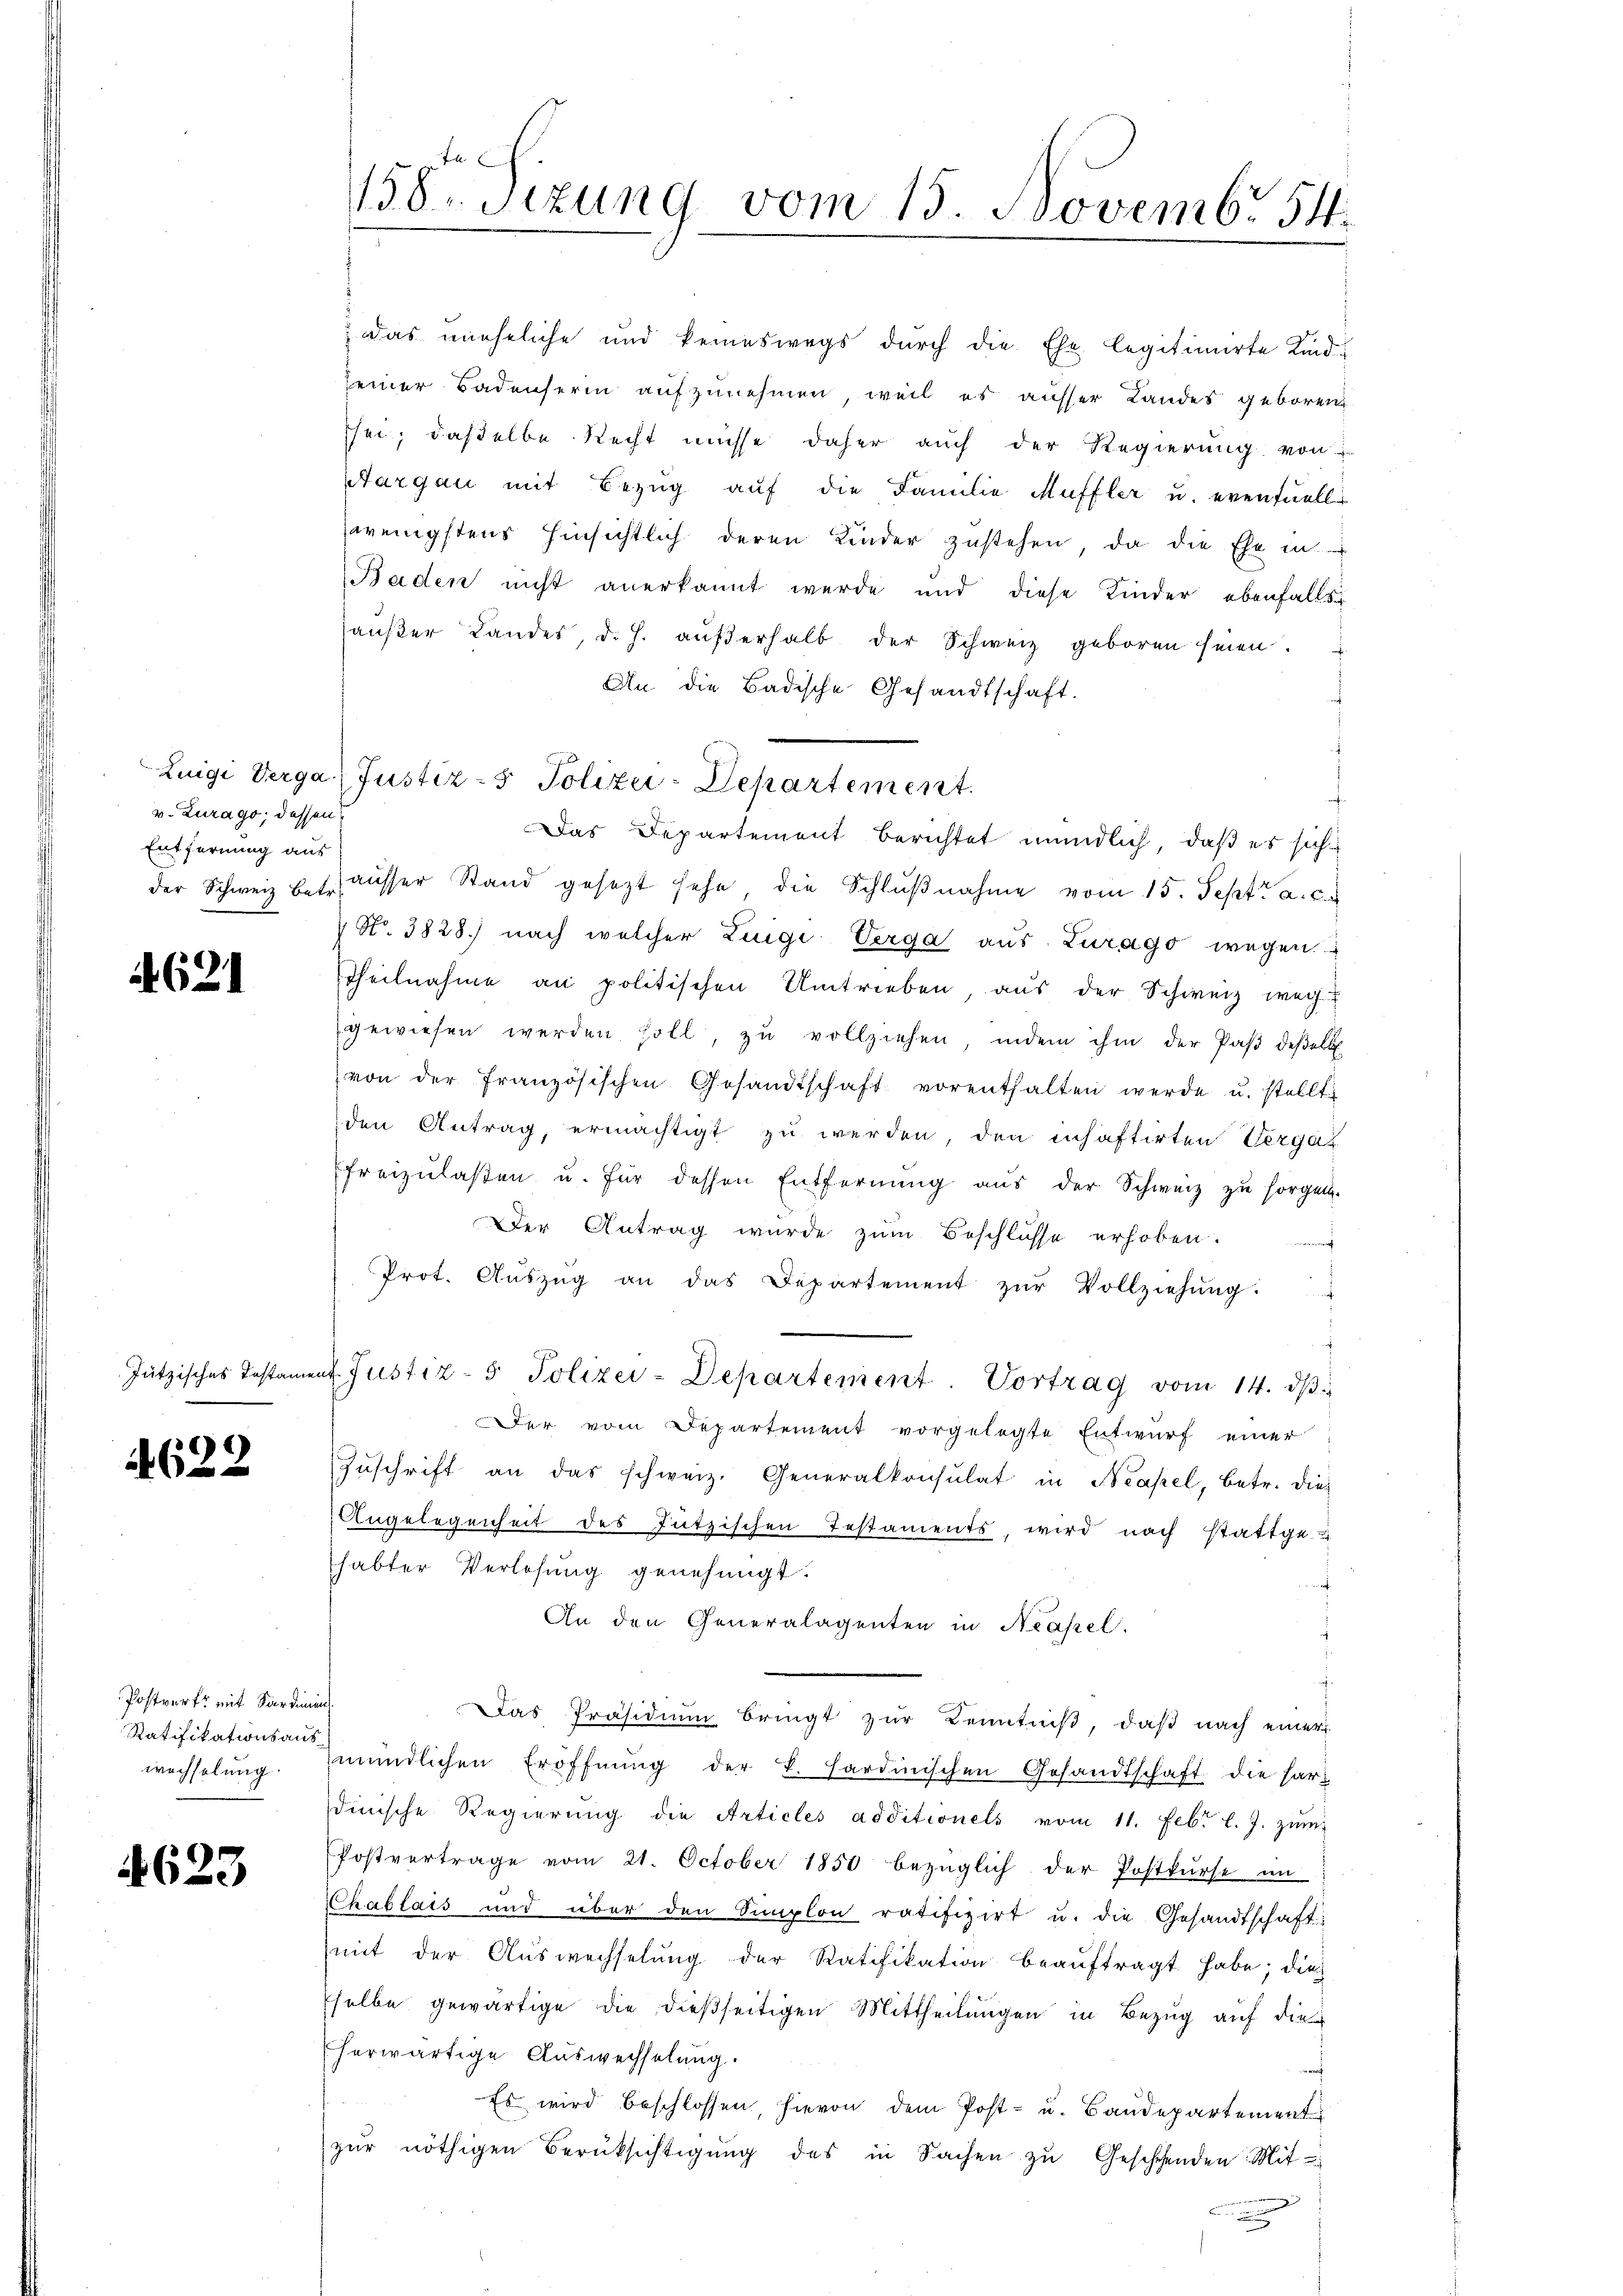
v. Zurago, dessen
Entfernung aus

621

4622

Postwerk mit Sardinin
Ratifikationsaus
wechselung

4623

; das uneheliche und keineswegs durch die Ehe legitimirte Kind
seiner Badenserin aufzunehmen, weil es ausser Landes geboren
sei; daßelbe Recht müsse daher auch der Regierung von
Margau mit Bezŭg aŭf die Familie Muffler u. eventueller
wenigstens hinsichtlich deren Kinder zustehen, da die Ehe in
Baden nicht anerkannt werde und diese Kinder ebenfalls
haußer Landes, d. h. aŭβerhalb der Schweiz geboren seien.
An die Badische Gesandtschaft.
Das Departement berichtet mündlich, daß es sich
der Schweiz u. s. aŭsser Stand gesezt sehe die Schlŭβnahme vom 15. Sept. a. c.
Nr. 3828.) nach welcher Luigi Verga aŭs Zurago wegen
Theilnahme an politischen Umtrieben aŭs der Schweiz weg
gewiesen werden soll, zu vollziehen, indem ihm der Paβ deßelb
von der französischen Gesandtschaft vorenthalten werde u. stellt.
den Antrag, ermächtigt zu werden, den inhaftirten Vergat
freizŭlaβen u. für dessen Entfernŭng aŭs der Schweiz zŭ sorgen.
Der Antrag wurde zum Beschlüsse erhoben.
Prot. Aŭszŭg an das Departement zŭr Vollziehŭng.
if
Jützisches Testament. Justiz- & Polizei-Departement. Vortrag vom 14. dβ.
Der vom Departement vorgelegte Entwurf einer
Zŭschrift an das schweiz. Generalkonsulat in Neapel, betr. dies
Angelegenheit des Futzischen Testaments, wird nach stattge-
habter Verlesung genehmigt.
An den Generalagenten in Neapel.
Das Präsidium bringt zŭr Kenntniβ, daβ nach einer
mündlichen Eröffnŭng der v. Hardinischen Gesandtschaft die har-
dinische Regierŭng die Articles additionels vom 11. Febr. l. J. zŭm
Postvertrage vom 21. October 1850 bezüglich der Postkurse im
Chablais und über den Simplon ratifizirt u. die Gesandtschaft-
mit der Auswechselung der Ratifikation beaŭftragt habe; die
selbe gewärtige die dießseitigen Mittheilungen in Bezug auf die
herwärtige Auswechselung.
Es wird beschlossen, hievon dem Post- u. Baudepartement
zŭr nöthigen Berüksichtigŭng des in Sachen zŭ Geschehenden Mit

158. Sizung vom 15. Novembr. 54.

Zuigi Verga Justiz- & Polizei-Departement.